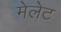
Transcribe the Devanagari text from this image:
मेलेट